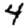
Digit: 4